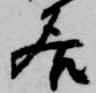
居